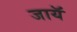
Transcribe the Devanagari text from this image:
जायॅ